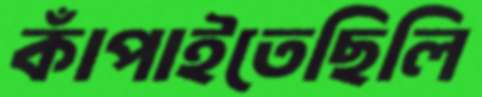
কাঁপাইতেছিলি